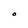
Character: o